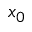
x _ { 0 }